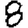
Digit: 8